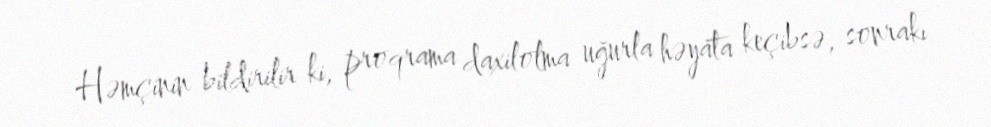
Həmçinin bildirilir ki, proqrama daxilolma uğurla həyata keçibsə, sonrakı